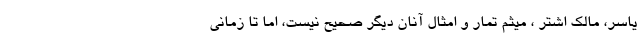
یاسر، مالک اشتر ، میثم تمار و امثال آنان دیگر صحیح نیست، اما تا زمانی